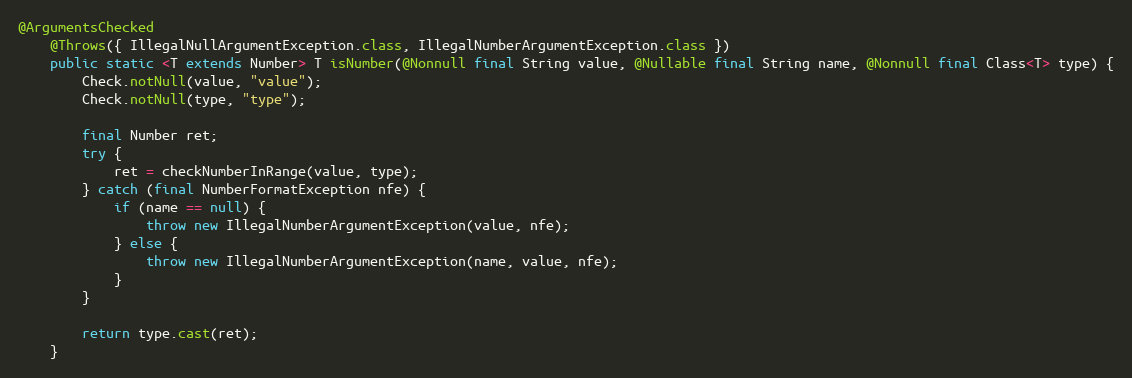
Language: Java
@ArgumentsChecked
	@Throws({ IllegalNullArgumentException.class, IllegalNumberArgumentException.class })
	public static <T extends Number> T isNumber(@Nonnull final String value, @Nullable final String name, @Nonnull final Class<T> type) {
		Check.notNull(value, "value");
		Check.notNull(type, "type");

		final Number ret;
		try {
			ret = checkNumberInRange(value, type);
		} catch (final NumberFormatException nfe) {
			if (name == null) {
				throw new IllegalNumberArgumentException(value, nfe);
			} else {
				throw new IllegalNumberArgumentException(name, value, nfe);
			}
		}

		return type.cast(ret);
	}